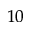
_ { 1 0 }